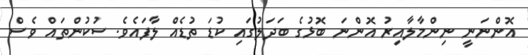
އޮންނަނީ ނިންމާލާއިރު އޮންނަ ބޮޅުގެ ބަދަލުގައި ކުޑަ ތުޑެއް ލާފައެވެ. ސުކުންތައް ވެސް